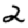
Digit: 2